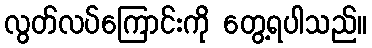
လွတ်လပ်ကြောင်းကို တွေ့ရပါသည်။